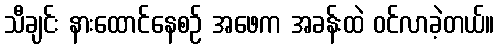
သီချင်း နားထောင်နေစဉ် အဖေက အခန်းထဲ ဝင်လာခဲ့တယ်။